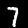
Label: 7